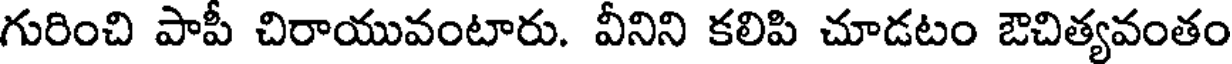
గురించి పాపీ చిరాయువంటారు. వీనిని కలిపి చూడటం ఔచిత్యవంతం